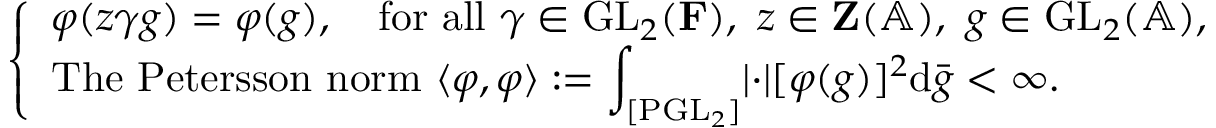
\begin{array} { r } { \left\{ \begin{array} { l l } { \varphi ( z \gamma g ) = \varphi ( g ) , \quad \mathrm { f o r ~ a l l ~ } \gamma \in \mathrm { G L } _ { 2 } ( \mathbf { F } ) , ~ z \in \mathbf { Z } ( \mathbb { A } ) , ~ g \in \mathrm { G L } _ { 2 } ( \mathbb { A } ) , } \\ { \mathrm { T h e ~ P e t e r s s o n ~ n o r m ~ } \langle \varphi , \varphi \rangle : = \displaystyle \int _ { [ \mathrm { P G L } _ { 2 } ] } \lvert \cdot \rvert [ \varphi ( g ) ] ^ { 2 } \mathrm { d } \bar { g } < \infty . } \end{array} \right. } \end{array}